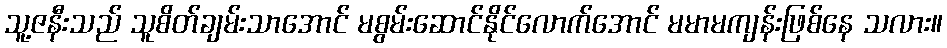
သူ့ဇနီးသည် သူစိတ်ချမ်းသာအောင် မစွမ်းဆောင်နိုင်လောက်အောင် မမာမကျန်းဖြစ်နေ သလား။